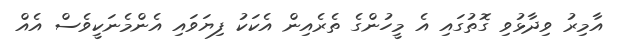
އާމިރު ވިދާޅުވި ގޮތުގައި އެ މީހުންގެ ތެރެއިން އެކަކު ފިޔަވައި އެންމެނަކީވެސް އެއް